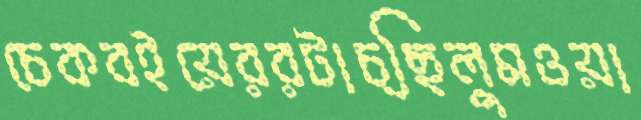
চেকবইয়েররটাচ্ছিলুমওয়া